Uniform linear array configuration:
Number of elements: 8
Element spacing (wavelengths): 1
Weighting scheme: cosine
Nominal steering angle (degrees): -15
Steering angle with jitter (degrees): -15.76
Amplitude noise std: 0.05
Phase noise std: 0.05

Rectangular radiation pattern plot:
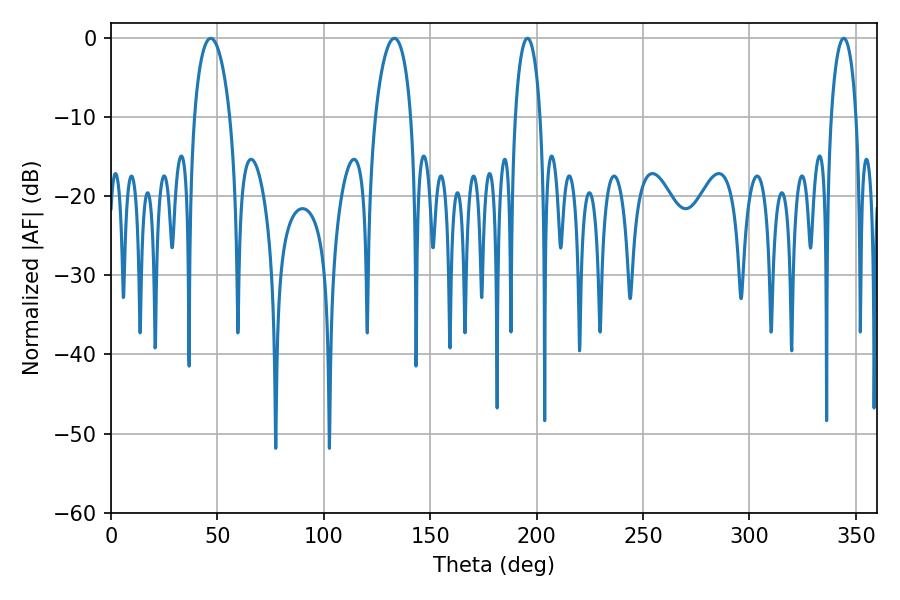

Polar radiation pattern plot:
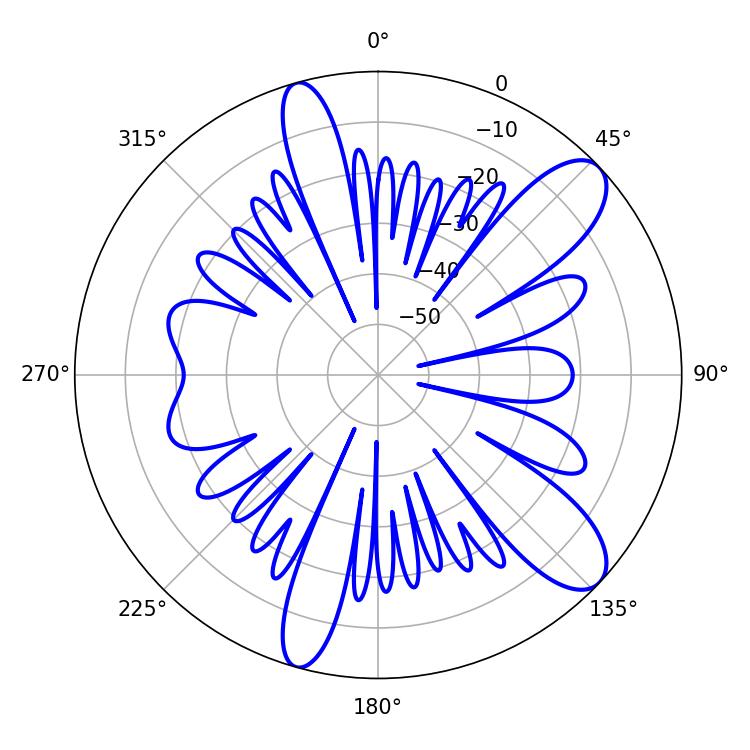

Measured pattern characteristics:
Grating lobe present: TRUE
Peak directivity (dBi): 10.361
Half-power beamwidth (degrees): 6.66
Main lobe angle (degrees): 195.66